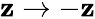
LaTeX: \mathbf{z}\rightarrow-\mathbf{z}